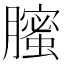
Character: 𦢉